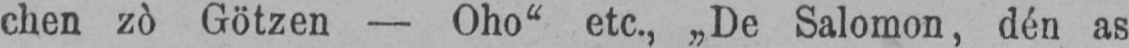
chen zò Götzen - Oho“ etc., „De Salomon, dén as